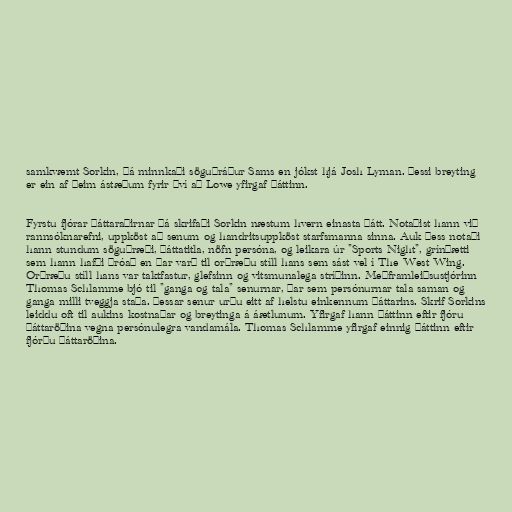
samkvæmt Sorkin, þá minnkaði söguþráður Sams en jókst hjá Josh Lyman. Þessi breyting
er ein af þeim ástæðum fyrir því að Lowe yfirgaf þáttinn.

Fyrstu fjórar þáttaraðirnar þá skrifaði Sorkin næstum hvern einasta þátt. Notaðist hann við
rannsóknarefni, uppköst að senum og handritsuppköst starfsmanna sinna. Auk þess notaði
hann stundum söguþræði, þáttatitla, nöfn persóna, og leikara úr "Sports Night", grínþætti
sem hann hafði þróað en þar varð til orðræðu stíll hans sem sást vel í The West Wing.
Orðræðu stíll hans var taktfastur, glefsinn og vitsmunalega stríðinn. Meðframleiðsustjórinn
Thomas Schlamme bjó til "ganga og tala" senurnar, þar sem persónurnar tala saman og
ganga milli tveggja staða. Þessar senur urðu eitt af helstu einkennum þáttarins. Skrif Sorkins
leiddu oft til aukins kostnaðar og breytinga á áætlunum. Yfirgaf hann þáttinn eftir fjóru
þáttaröðina vegna persónulegra vandamála. Thomas Schlamme yfirgaf einnig þáttinn eftir
fjórðu þáttaröðina.